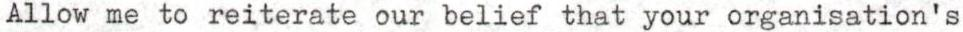
Allow me to reiterate our belief that your organisation's